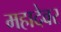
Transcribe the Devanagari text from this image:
महादेवर